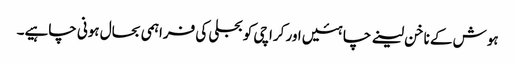
ہوش کے ناخن لینے چاہئیں اور کراچی کو بجلی کی فراہمی بحال ہونی چاہیے۔